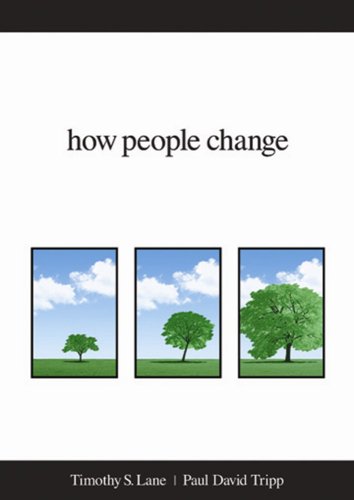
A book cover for How People Change; Timothy S. Lane; Christian Books & Bibles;